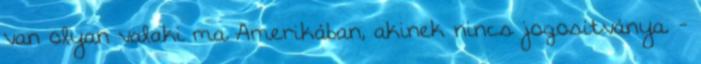
van olyan valaki ma Amerikában, akinek nincs jogosítványa. -